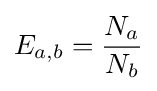
E_{a,b}={\frac {N_{a}}{N_{b}}}